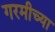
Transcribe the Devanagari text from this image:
गरमीच्या